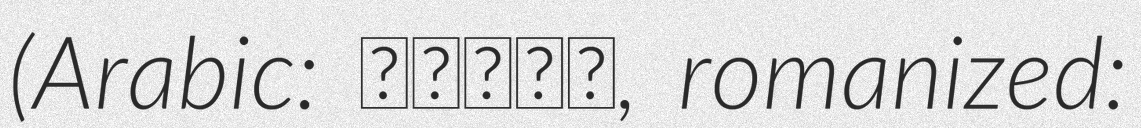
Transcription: (Arabic: جميلة, romanized: